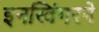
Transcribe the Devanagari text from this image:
इनस्विंगरने